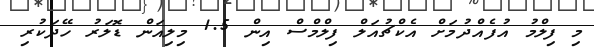
މި ފިލްމު އުފެއްދުމަށް އެކްޗުއަލް ފިލްމްސް އިން 1.5 މިލިއަން ޑޮލަރު ހޭދަކުރި